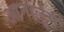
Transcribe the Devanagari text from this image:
आनालुम